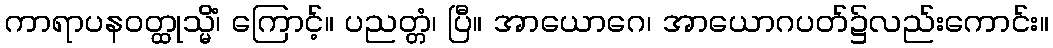
ကာရာပနဝတ္ထုသ္မိံ၊ ကြောင့်။ ပညတ္တံ၊ ပြီ။ အာယောဂေ၊ အာယောဂပတ်၌လည်းကောင်း။